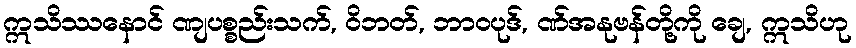
ဣသိဿနောင် ဏျပစ္စည်းသက်, ဝိဘတ်, ဘာဝပုဒ်, ဏ်အနုဗန်တို့ကို ချေ, ဣသိဟု